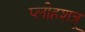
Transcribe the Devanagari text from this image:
प्लीहशत्रू